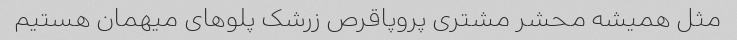
مثل همیشه محشر مشتری پروپاقرص زرشک‌ پلو‌های میهمان هستیم